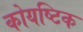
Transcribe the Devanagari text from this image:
कोयष्टिक